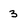
Character: 3